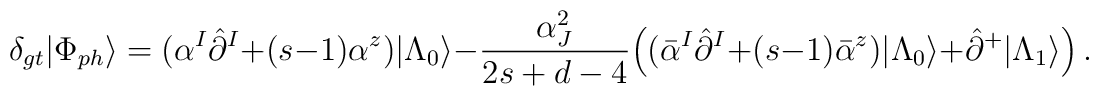
\delta_{gt}|\Phi_{ph}\rangle=(\alpha^I\hat{\partial}^I+(s-1)\alpha^z)|\Lambda_0\rangle-\frac{\alpha_J^2}{2s+d-4}\Bigl((\bar{\alpha}^I\hat{\partial}^I+(s-1)\bar{\alpha}^z)|\Lambda_0\rangle+\hat{\partial}^+|\Lambda_1\rangle\Bigr)\,.